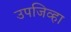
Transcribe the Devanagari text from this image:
उपजिव्हा